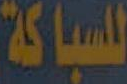
للسباكة